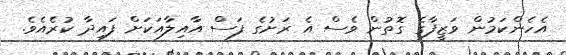
އެހެންކަމުން ވަޒީފާގެ ގޮތުން ވެސް އެ ރަށުގެ ފަސް އާއިލާއަކަށް ފައިދާ ކުރެއެވެ.